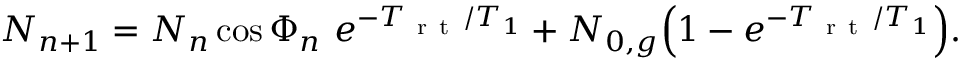
\begin{array} { r } { N _ { n + 1 } = N _ { n } \cos \Phi _ { n } \ e ^ { - T _ { \mathrm { ~ r ~ t ~ } } / T _ { 1 } } + N _ { 0 , g } \Big ( 1 - e ^ { - T _ { \mathrm { ~ r ~ t ~ } } / T _ { 1 } } \Big ) . } \end{array}